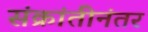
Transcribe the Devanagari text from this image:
संक्रांतीनंतर